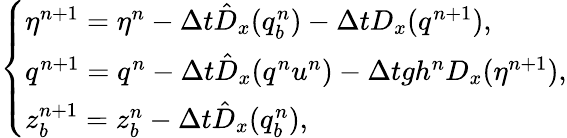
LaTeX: \left\{ \begin{array}{ll}{\eta^{n+1}=\eta^{n}-\Delta t\hat{D}_{x}(q_{b}^{n})-\Delta tD_{x}(q^{n+1}),}\\ {q^{n+1}=q^{n}-\Delta t\hat{D}_{x}(q^{n}u^{n})-\Delta tgh^{n}D_{x}(\eta^{n+1}),}\\ {z_{b}^{n+1}=z_{b}^{n}-\Delta t\hat{D}_{x}(q_{b}^{n}),}\end{array}\right.